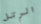
الرتل